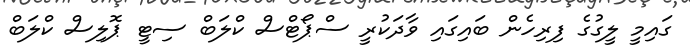
ގައިމީ ލީގުގެ ފިރިހެން ބައިގައި ވާދަކުރީ ސްޕޯޓްސް ކްލަބް ސިޓީ ޕޮލިސް ކްލަބް